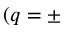
( q = \pm